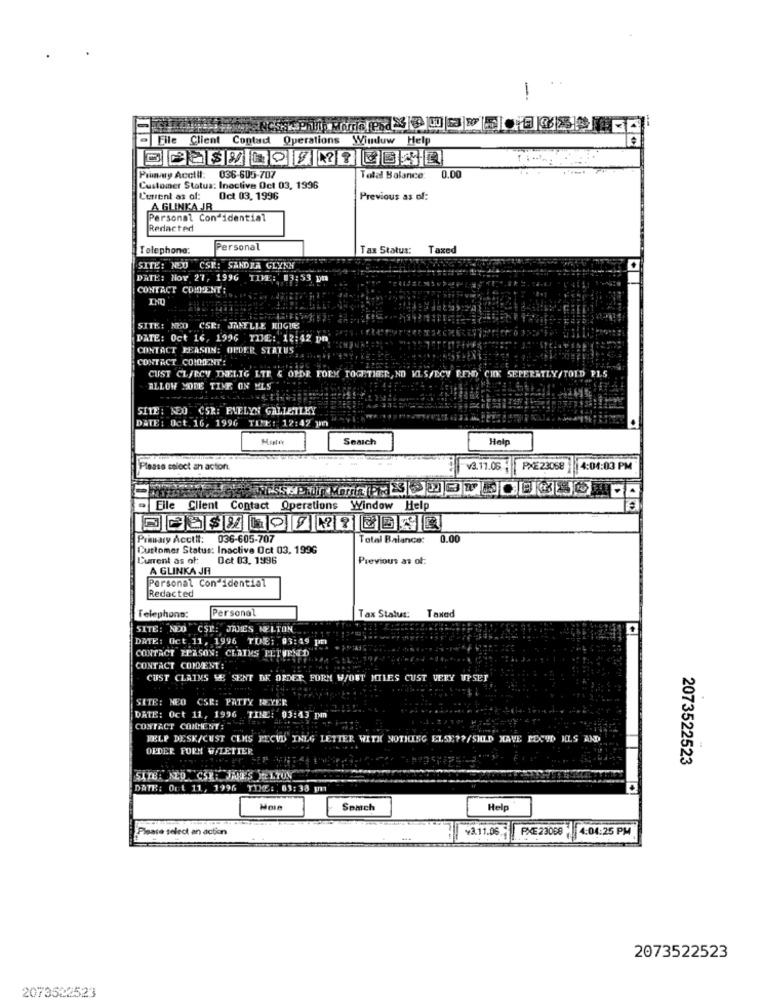
File Client Contad Operations
Window Help
Piey Acctil: 036-605-707
Total Balance:
0.00
Customer Status: Inactiva Oct 03, 1996
L'errent as of:
Oct 03, 1996
Previous as of:
A GLINKA JR
Personal Con idential
Redacted
Telephone:
Personal
Tax Status:
Taxed
SITE: NOU CSK: SANDRA GLYNN
DATE: Nov 27, 1996 TIME: 03:53 pm
CONTACT COMENT:
INU
SITE: NED CSE: JANELLE KUIGUE
DATE: Oct 16, 1996 YDE: 12:42 pn
CONTACT PERSON: ORDER STATUS
CONTACT CO!DIENT:
CUST CL/B.CV THEELIG LTE & OPDR FORM TOGETHER, NO KLS/ECV REND CHK SEPERATLY/TOLD PLS
ALLOW MORE TIME ON MLS
SITE: NEO CSR: EVELYN GALIETLEY
DATE: Oct. 16, 1996 TIME: 12:42 3
Seaich
Help
Please select an action.
v3.11.06 PXE23068 4:04:03 PM
Eile
Client
Contact
Operations
Window Help
Primary Acctil: 036-605-707
Total Balance:
0.00
Customer Status: Inactive Oct 03, 1996
Current as of:
Oct 03, 1996
Previous as of:
A GLINKA JA
Personal Con idential
Redacted
Personal
Telephons:
Tax Status:
Taxed
SITE: NEO CST .: JAMES NELTON
DATE: Oct 11, 1996 TINE: . @3:49 pm
CONTACT PPASON: CLAIMS FETURNED
CONTACT COMMENT:
CUST CLAIMS SE SENT DE ORDER FORM W/OUT MILES CUST VERY UPSET
SITE: NEO CSR: PATTY MEYER
DATE: Oct 11, 1996 TINE: 03:43 pm
CONTACT COMMENT:
HELP DESK/CUST CEMS PECVD INLG LETTER WITH NOTHING ELSE ?? /SHLD HAVE PECUD KLS AND
OFDER FORM W/LETTER
2073522523
DATE: Ort 11, 1996 TIME: : 03: 38 pm
Somch
Help
Please select an action
¥3.11.06.
PXE 23058 4:04:25 PM
2073522523
2073522523